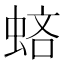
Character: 𧋻